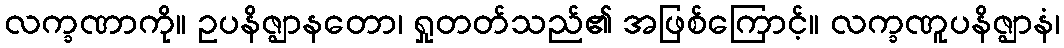
လက္ခဏာကို။ ဥပနိဇ္ဈာနတော၊ ရှုတတ်သည်၏ အဖြစ်ကြောင့်။ လက္ခဏူပနိဇ္ဈာနံ၊